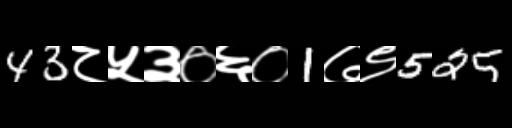
Text: 43८५३०६०1७९525